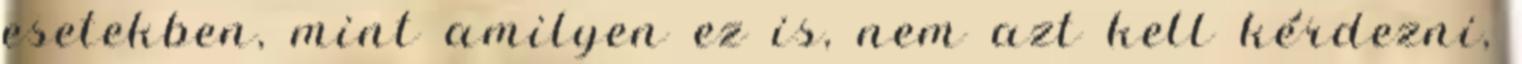
esetekben, mint amilyen ez is, nem azt kell kérdezni,